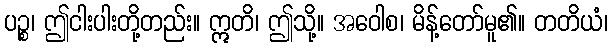
ပဉ္စ၊ ဤငါးပါးတို့တည်း။ ဣတိ၊ ဤသို့။ အဝေါစ၊ မိန့်တော်မူ၏။ တတိယံ၊